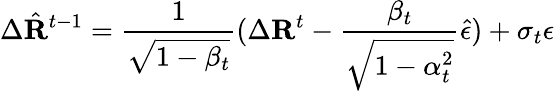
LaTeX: \Delta\hat{\mathbf{R}}^{t-1}=\frac{1}{\sqrt{1-\beta_{t}}}(\Delta\mathbf{R}^{t}-\frac{\beta_{t}}{\sqrt{1-\alpha_{t}^{2}}}\hat{\epsilon})+\sigma_{t}\epsilon